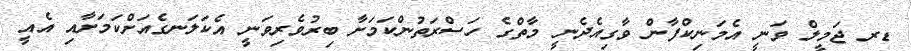
ޑރ ޖަމީލް ވަނީ އެމަނިކްފާން ވާގިއެދެނީ މާތްގެ ހަސްރަތުންކަމަށާ ބިރުވެރިވަނީ އެކަލަނގެއަށްކަމަށާއި އެއީ